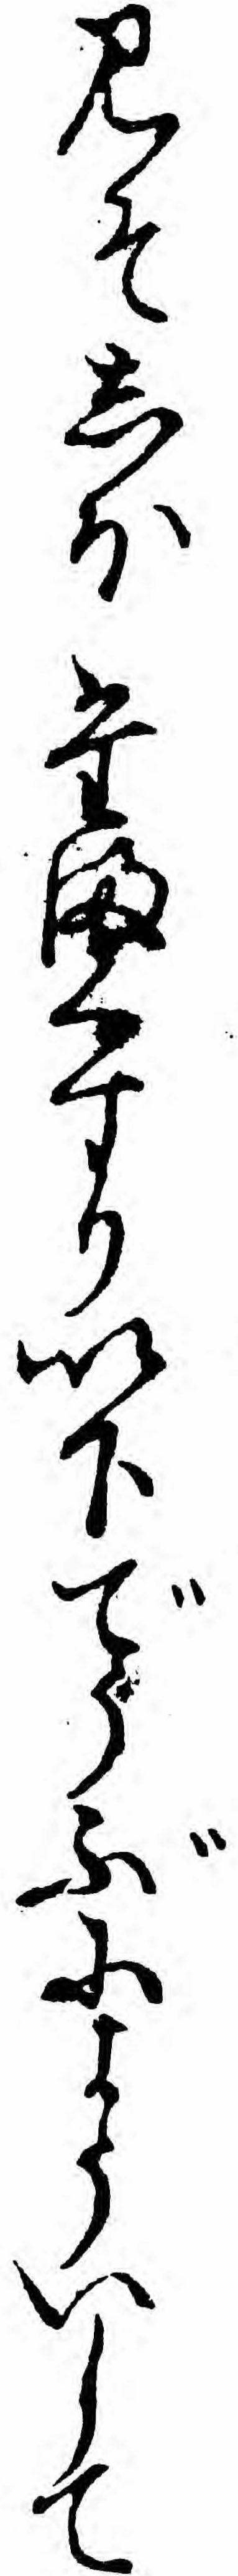
みそしほたまくすり以下でうぶによういして